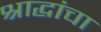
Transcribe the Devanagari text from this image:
श्राद्धांचा